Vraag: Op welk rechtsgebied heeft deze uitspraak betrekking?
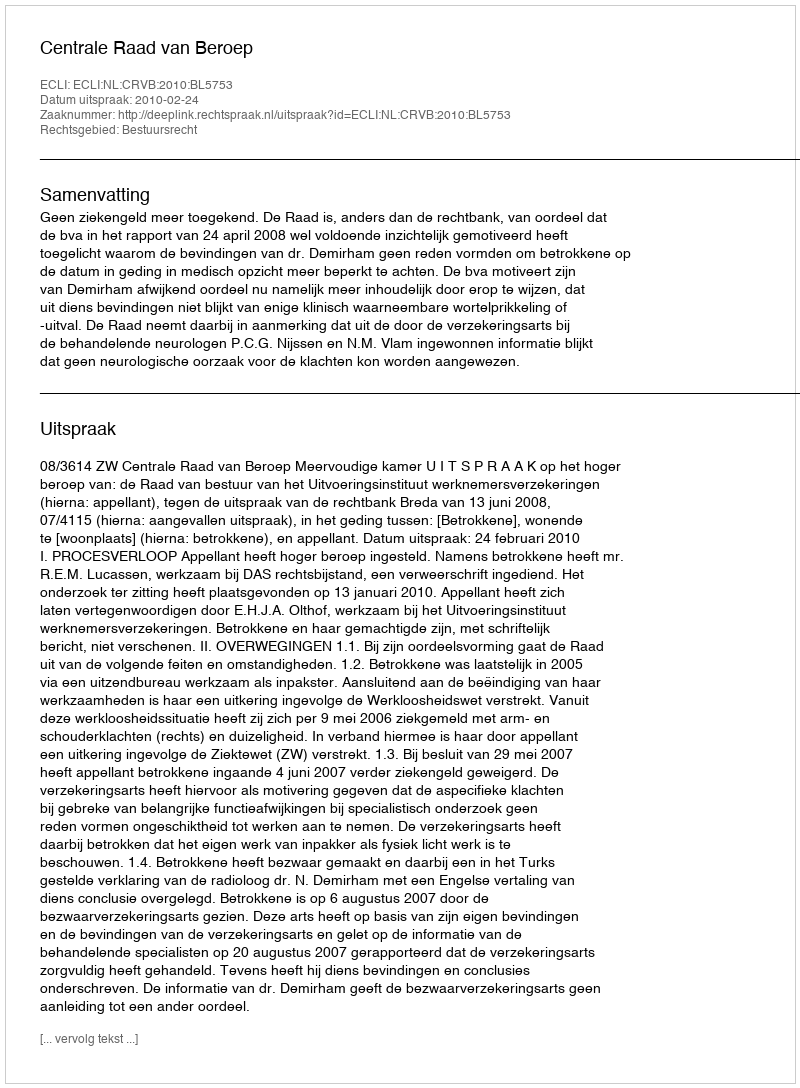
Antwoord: Bestuursrecht